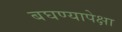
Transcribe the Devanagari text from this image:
बघण्यापेक्षा